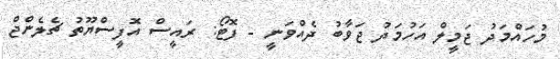
މުހައްމަދު ޖަމީލް އަހުމަދު ޖަވާބު ދެއްވަނީ - ފޮޓޯ: ރައީސް އޮފީސްޔޫތު ޗެލެންޖް